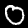
Digit: 0